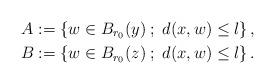
LaTeX: \begin{align*} A:=\left\{w\in B_{r_0}(y)\;;\;d(x,w)\leq l\right\},\\ B:=\left\{w\in B_{r_0}(z)\;;\;d(x,w)\leq l\right\}. \end{align*}